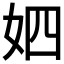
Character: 𱙌